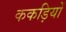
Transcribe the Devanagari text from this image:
ककड़ियों